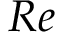
R e